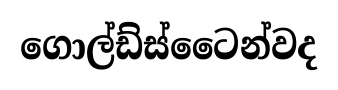
ගොල්ඩ්ස්ටෛන්වද